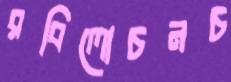
রবিলোচনচ